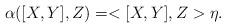
LaTeX: \begin{align*}\alpha([X,Y],Z)=<[X,Y],Z>\eta.\end{align*}